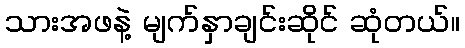
သားအဖနဲ့ မျက်နှာချင်းဆိုင် ဆုံတယ်။